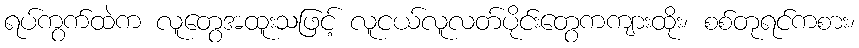
ရပ်ကွက်ထဲက လူတွေအထူးသဖြင့် လူငယ်လူလတ်ပိုင်းတွေကကျားထိုး၊ စစ်တုရင်ကစား၊